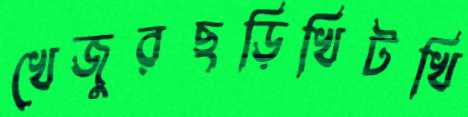
খেজুরছড়িখিটখি